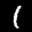
Label: 1